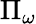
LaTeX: \Pi_{\omega}